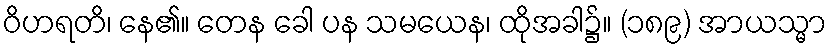
ဝိဟရတိ၊ နေ၏။ တေန ခေါ ပန သမယေန၊ ထိုအခါ၌။ (၁၈၉) အာယသ္မာ